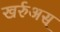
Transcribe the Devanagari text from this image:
खर्रुअस्